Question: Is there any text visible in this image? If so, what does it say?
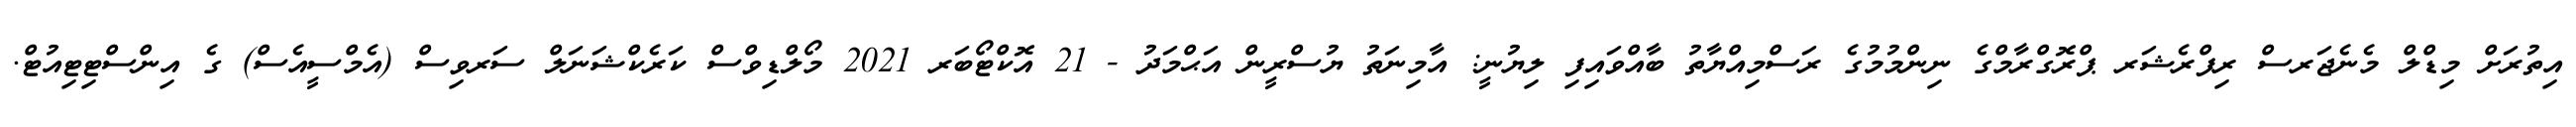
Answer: އިތުރަށް މިޑްލް މެނެޖަރސް ރިފްރެޝަރ ޕްރޮގްރާމްގެ ނިންމުމުގެ ރަސްމިއްޔާތު ބާއްވައިފި ލިޔުނީ: އާމިނަތު ޔުސްރީން އަޙްމަދު - 21 އޮކްޓޯބަރ 2021 މޯލްޑިވްސް ކަރެކްޝަނަލް ސަރވިސް (އެމްސީއެސް) ގެ އިންސްޓިޓިއުޓް.